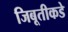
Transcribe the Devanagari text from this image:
जिबूतीकडे